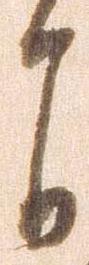
自